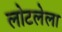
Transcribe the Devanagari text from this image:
लोटलेला